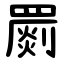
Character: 罽